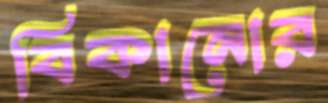
বিকানোর